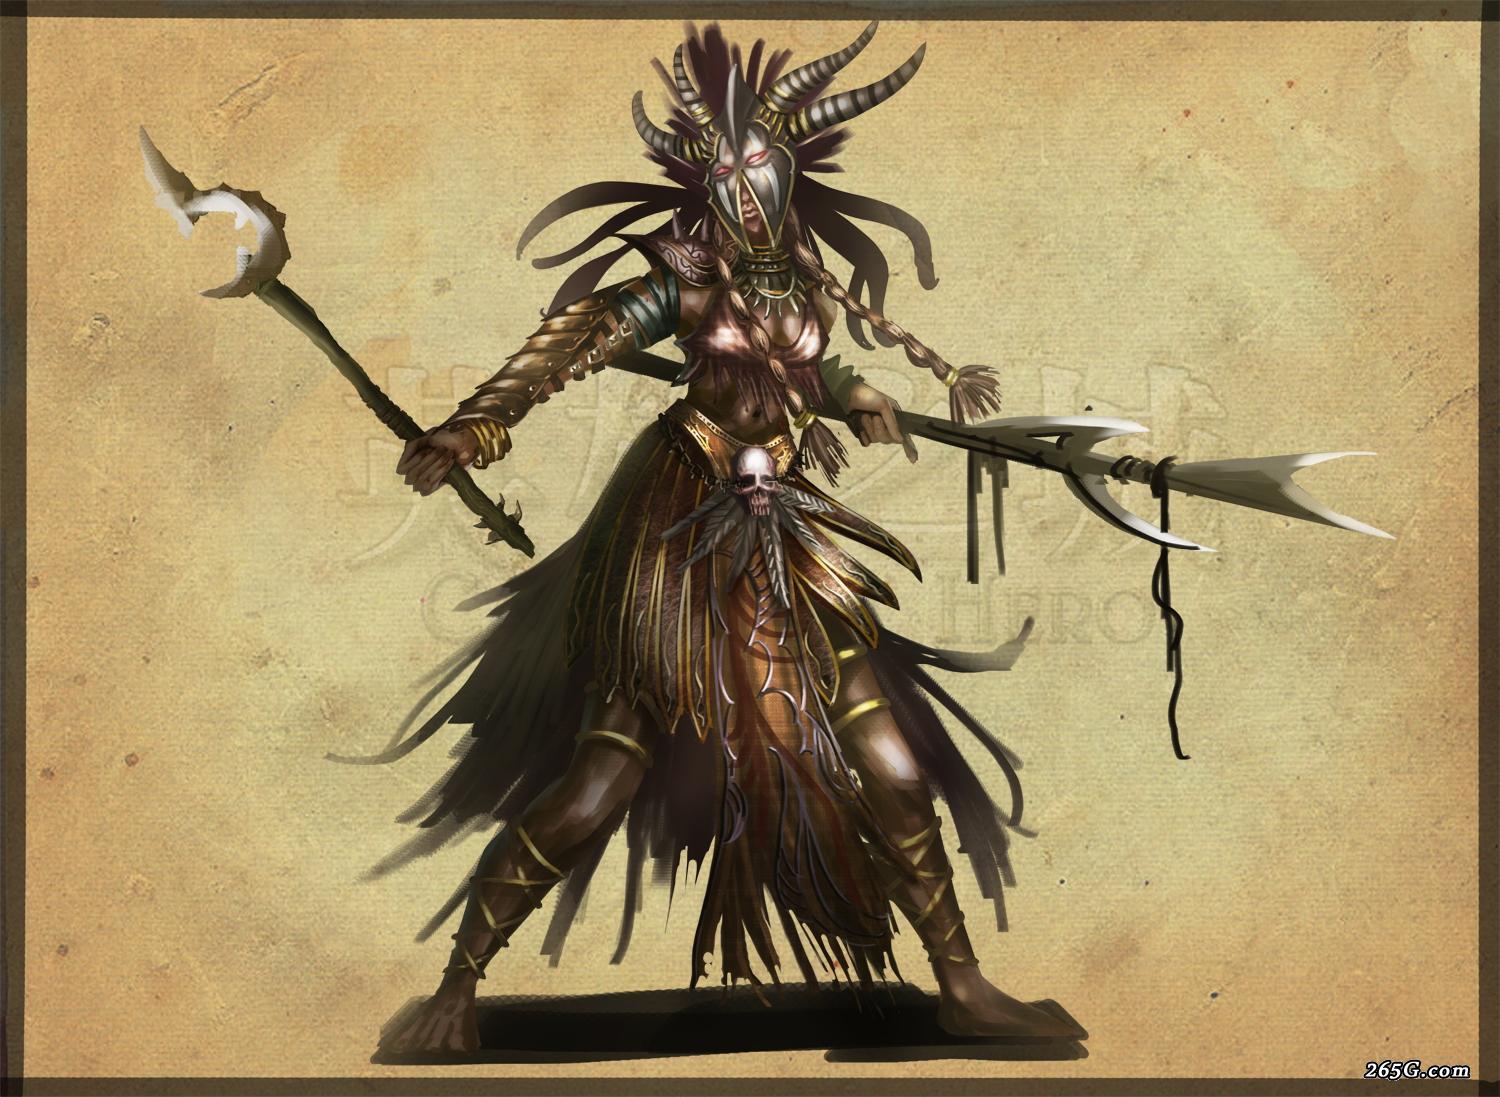
明君制民之产，必使仰足以事父母，俯足以畜妻子，乐岁终身饱，凶年免于死亡。